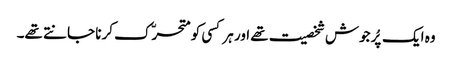
وہ ایک پُرجوش شخصیت تھے اور ہر کسی کو متحرّک کرنا جانتے تھے۔